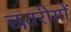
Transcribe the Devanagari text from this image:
छतरीयों